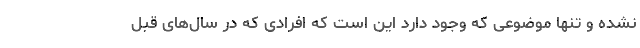
نشده و تنها موضوعی که وجود دارد این است که افرادی که در سال‌های قبل